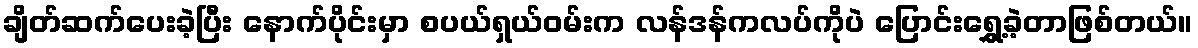
ချိတ်ဆက်ပေးခဲ့ပြီး နောက်ပိုင်းမှာ စပယ်ရှယ်ဝမ်းက လန်ဒန်ကလပ်ကိုပဲ ပြောင်းရွှေ့ခဲ့တာဖြစ်တယ်။